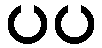
ပပ